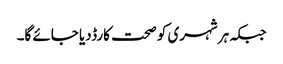
جبکہ ہرشہری کو صحت کارڈدیا جائے گا۔